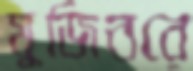
মুজিবরে